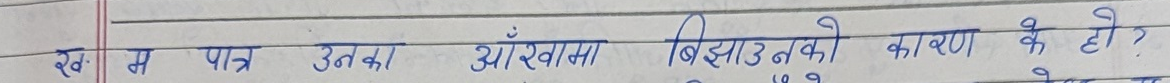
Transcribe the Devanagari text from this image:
ख म पत्र उनका आँखामा बिझाउनको कारण के हो ?